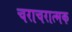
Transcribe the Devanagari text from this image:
चराचरात्मक